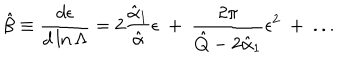
\hat { \beta } \equiv { \frac { d \epsilon } { d \ln \Lambda } } = 2 \frac { { \hat { \alpha } _ { 1 } } } { { \hat { \alpha } } } \epsilon ~ + ~ { \frac { 2 \pi } { \hat { Q } - 2 \hat { \alpha } _ { 1 } } } \epsilon ^ { 2 } ~ + ~ . . .